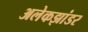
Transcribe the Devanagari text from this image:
अलेकझांडर